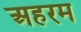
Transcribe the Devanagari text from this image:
अहरम